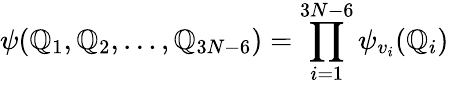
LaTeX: \psi(\mathbb{Q}_{1},\mathbb{Q}_{2},\ldots,\mathbb{Q}_{3N-6})=\prod_{i=1}^{3N-6}\psi_{v_{i}}(\mathbb{Q}_{i})